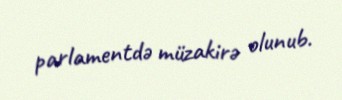
parlamentdə müzakirə olunub.